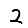
Digit: 2